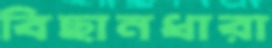
বিছানধারা